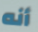
أنه